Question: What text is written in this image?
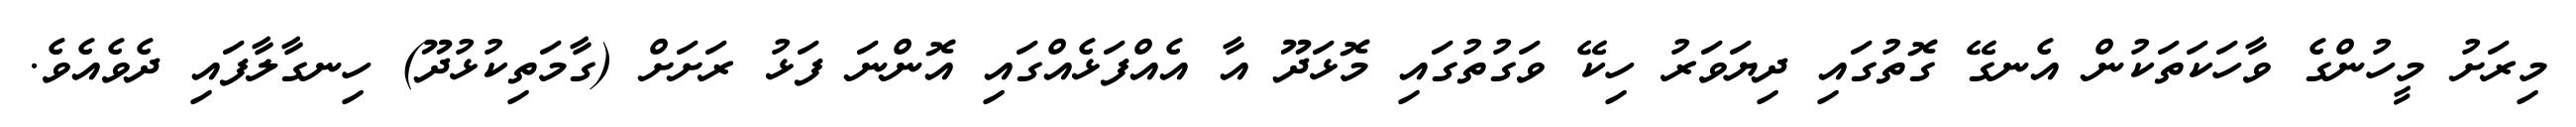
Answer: މިރަށު މީހުންގެ ވާހަކަތަކުން އެނގޭ ގޮތުގައި ދިޔަވަރު ހިކޭ ވަގުތުގައި މޮޅަދޫ އާ އެއްފަޅެއްގައި އޮންނަ ފަޅު ރަށަށް (ގާމަތިކުޅުދޫ) ހިނގާލާފައި ދެވެއެވެ.